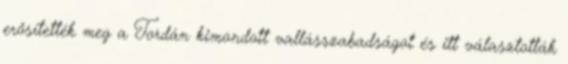
erősítették meg a Tordán kimondott vallásszabadságot és itt választották